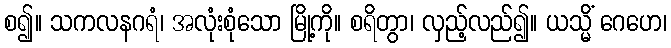
စ၍။ သကလနဂရံ၊ အလုံးစုံသော မြို့ကို။ စရိတွာ၊ လှည့်လည်၍။ ယသ္မိံ ဂေဟေ၊